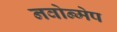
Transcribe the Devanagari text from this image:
नवोन्मेप